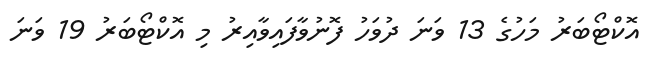
އޮކްޓޯބަރު މަހުގެ 13 ވަނަ ދުވަހު ފޮނުވާފައިވާއިރު މި އޮކްޓޯބަރު 19 ވަނަ